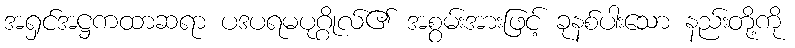
အရှင်အဋ္ဌကထာဆရာ ပဒပရမပုဂ္ဂိုလ်၏ အစွမ်းအားဖြင့် ခုနစ်ပါးသော နည်းတို့ကို